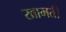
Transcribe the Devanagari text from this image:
खामती